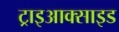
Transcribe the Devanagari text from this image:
ट्राइआक्साइड